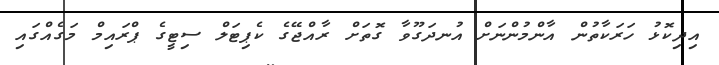
އިދިކޮޅު ހަރަކާތުން އާންމުންނަށް އުނދަގޫވާ ގޮތަށް ރާއްޖޭގެ ކެޕިޓަލް ސިޓީގެ ޕްރައިމް މަގެއްގައި